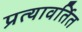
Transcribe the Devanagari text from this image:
प्रत्यावर्तित